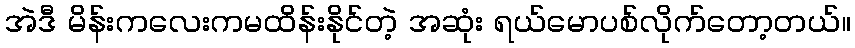
အဲဒီ မိန်းကလေးကမထိန်းနိုင်တဲ့ အဆုံး ရယ်မောပစ်လိုက်တော့တယ်။